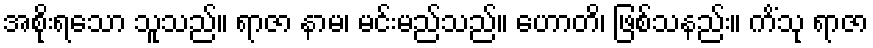
အစိုးရသော သူသည်။ ရာဇာ နာမ၊ မင်းမည်သည်။ ဟောတိ၊ ဖြစ်သနည်း။ ကိံသု ရာဇာ